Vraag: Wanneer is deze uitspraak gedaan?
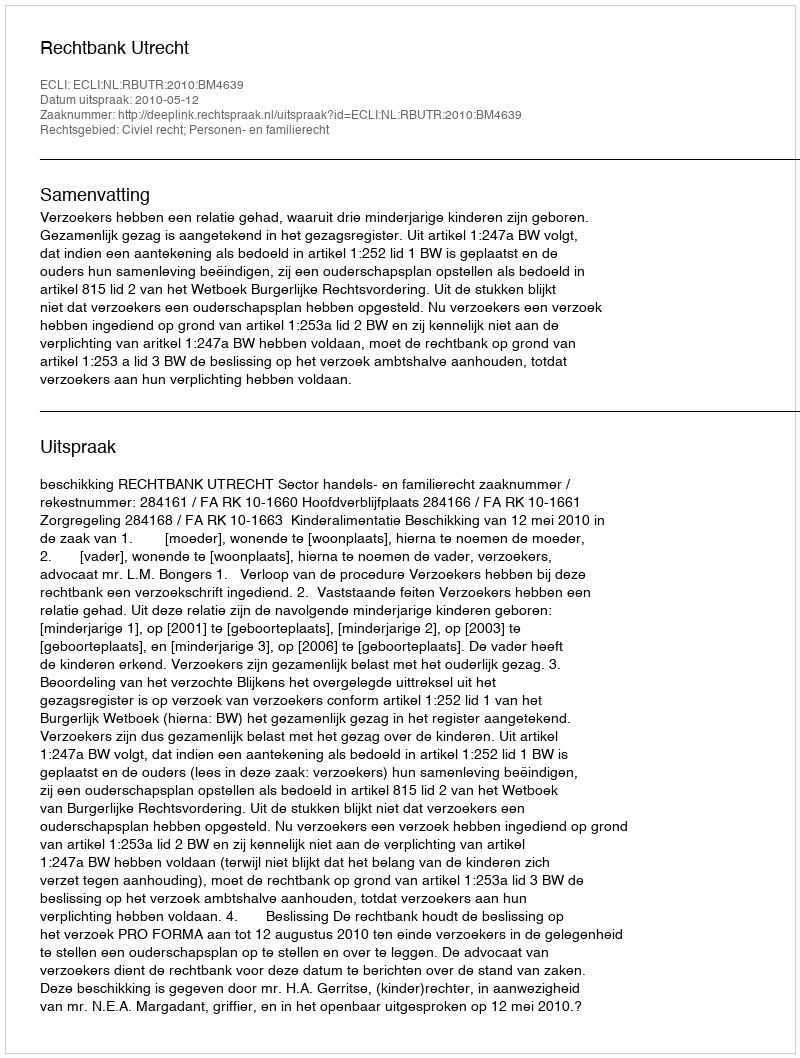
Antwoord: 2010-05-12